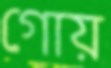
গোয়